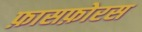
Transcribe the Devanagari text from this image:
फ़ासफ़ोरस